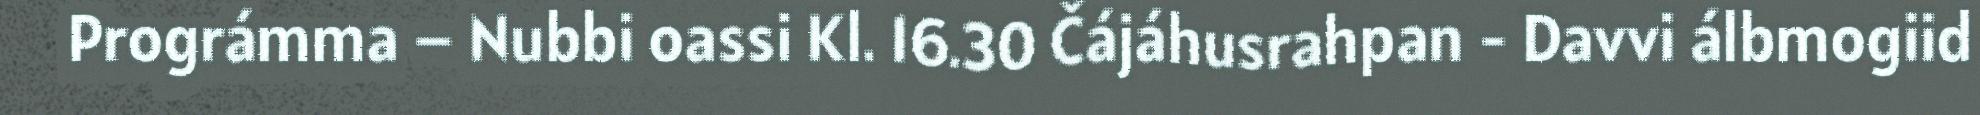
Prográmma – Nubbi oassi Kl. 16.30 Čájáhusrahpan - Davvi álbmogiid